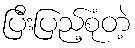
ပြီးပြည့်စုံတဲ့